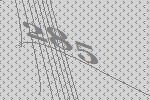
285